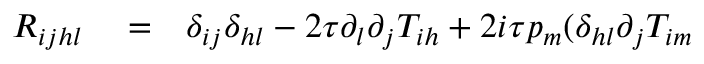
\begin{array} { r l r } { R _ { i j h l } } & { { } = } & { \delta _ { i j } \delta _ { h l } - 2 \tau \partial _ { l } \partial _ { j } T _ { i h } + 2 i \tau p _ { m } ( \delta _ { h l } \partial _ { j } T _ { i m } } \end{array}